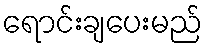
ရောင်းချပေးမည်